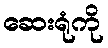
ဆေးရုံကို